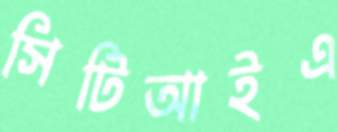
সিটিআইএ